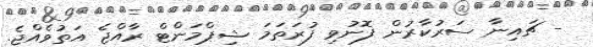
- ޗައިނާ ސަރުކާރުން ފޮނުވި ފުރަތަމަ ޝިޕްމަންޓް ރާއްޖެ އަތުވެއްޖެ.